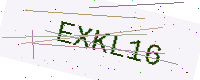
Text: EXKL16